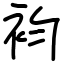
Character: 袀